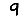
Digit: 9